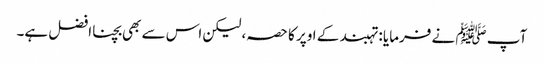
آپ ﷺ نے فرمایا : تہبند کے اوپر کا حصہ، لیکن اس سے بھی بچنا افضل ہے۔